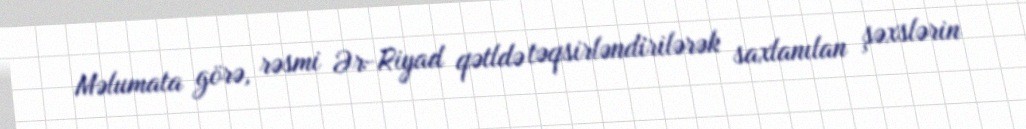
Məlumata görə, rəsmi Ər-Riyad qətldə təqsirləndirilərək saxlanılan şəxslərin